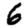
Digit: 6